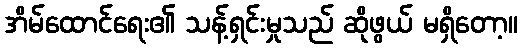
အိမ်ထောင်ရေး၏ သန့်ရှင်းမှုသည် ဆိုဖွယ် မရှိတော့။